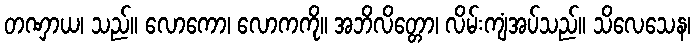
တဏှာယ၊ သည်။ လောကော၊ လောကကို။ အဘိလိတ္တော၊ လိမ်းကျံအပ်သည်။ သိလေသေန၊